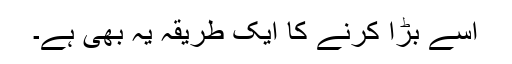
اسے بڑا کرنے کا ایک طریقہ یہ بھی ہے۔